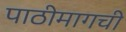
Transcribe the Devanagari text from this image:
पाठीमागची